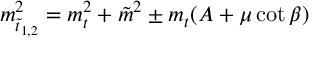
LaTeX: m _ { \tilde { t } _ { 1 , 2 } } ^ { 2 } = m _ { t } ^ { 2 } + \tilde { m } ^ { 2 } \pm m _ { t } ( A + \mu \cot \beta )